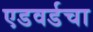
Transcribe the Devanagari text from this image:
एडवर्डचा